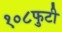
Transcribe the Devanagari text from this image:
१०८फुटी